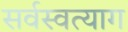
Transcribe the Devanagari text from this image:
सर्वस्वत्याग